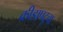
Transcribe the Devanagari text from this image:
क्रीडापटूचा